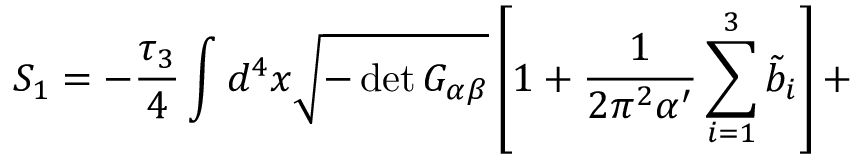
S _ { 1 } = - \frac { \tau _ { 3 } } { 4 } \int d ^ { 4 } x \sqrt { - \operatorname * { d e t } G _ { \alpha \beta } } \left[ 1 + \frac { 1 } { 2 \pi ^ { 2 } \alpha ^ { \prime } } \sum _ { i = 1 } ^ { 3 } { \tilde { b } } _ { i } \right] +